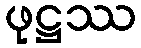
ဖုဋ္ဌဿ